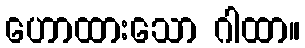
ဟောထားသော ဂါထာ။